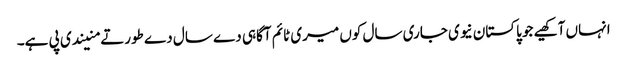
انہاں آکھیے جو پاکستان نیوی جاری سال کوں میری ٹائم آگاہی دے سال دے طورتے منیندی پی ہے۔